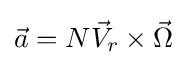
{\vec {a}}=N{\vec {V}}_{r}\times {\vec {\Omega }}